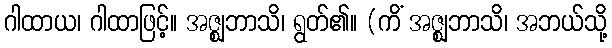
ဂါထာယ၊ ဂါထာဖြင့်။ အဇ္ဈဘာသိ၊ ရွတ်၏။ (ကိံ အဇ္ဈဘာသိ၊ အဘယ်သို့